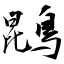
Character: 鵾